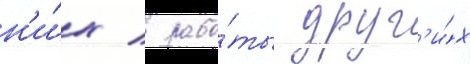
н'и́х / рабо́ты друг'и́х